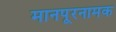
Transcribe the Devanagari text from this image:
मानपूरनामक